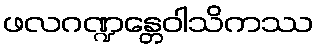
ဖလဂဏ္ဍန္တေဝါသိကဿ